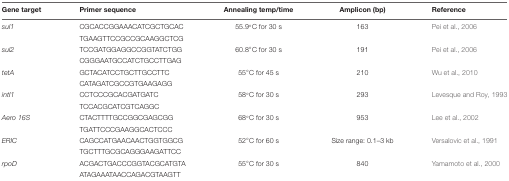
| Gene target | Primer sequence | Annealing temp/time | Amplicon (bp) | Reference |
 | --- | --- | --- | --- | --- |
 | sul1 | CGCACCGGAAACATCGCTGCAC | 55.9°C for 30 s | 163 | Pei et al., 2006 |
 |  | TGAAGTTCCGCCGCAAGGCTCG |  |  |  |
 | sul2 | TCCGATGGAGGCCGGTATCTGG | 60.8°C for 30 s | 191 | Pei et al., 2006 |
 |  | CGGGAATGCCATCTGCCTTGAG |  |  |  |
 | tetA | GCTACATCCTGCTTGCCTTC | 55°C for 45 s | 210 | Wu et al., 2010 |
 |  | CATAGATCGCCGTGAAGAGG |  |  |  |
 | intI1 | CCTCCCGCACGATGATC | 58°C for 30 s | 293 | Levesque and Roy, 1993 |
 |  | TCCACGCATCGTCAGGC |  |  |  |
 | Aero 16S | CTACTTTTGCCGGCGAGCGG | 68°C for 30 s | 953 | Lee et al., 2002 |
 |  | TGATTCCCGAAGGCACTCCC |  |  |  |
 | ERIC | CAGCCATGAACAACTGGTGGCG | 52°C for 60 s | Size range: 0.1–3 kb | Versalovic et al., 1991 |
 |  | TGCTTTGCGCAGGGAAGATTCC |  |  |  |
 | rpoD | ACGACTGACCCGGTACGCATGTA | 55°C for 30 s | 840 | Yamamoto et al., 2000 |
 |  | ATAGAAATAACCAGACGTAAGTT |  |  |  |